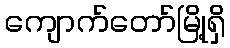
ကျောက်တော်မြို့ရှိ